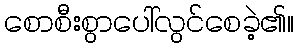
စောစီးစွာပေါ်လွင်စေခဲ့၏။